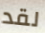
لقد